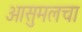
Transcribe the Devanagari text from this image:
आसुमलचा